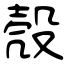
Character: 殼